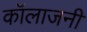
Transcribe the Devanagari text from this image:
कॉलाजनी